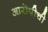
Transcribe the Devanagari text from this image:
आरोपीची